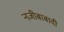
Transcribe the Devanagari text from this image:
नजीबाबादी